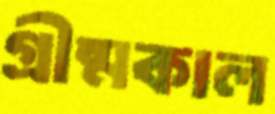
গ্রীষ্মকাল